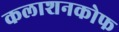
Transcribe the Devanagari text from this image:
कलाशनकोफ